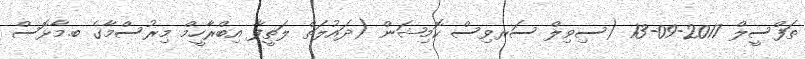
ތަފްސީލް 2017-09-13 (ސިވިލް ސަރވިސް ކޮމިޝަން (ދައުލަތް ލަތީފާ އިބްރާހީމް މިރުސްމާގެ ބ.މާޅޮސް